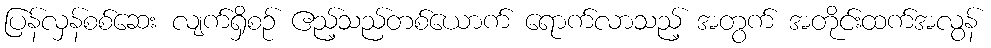
ပြန်လှန်စစ်ဆေး လျက်ရှိစဉ် ဧည့်သည်တစ်ယောက် ရောက်လာသည့် အတွက် အတိုင်းထက်အလွန်